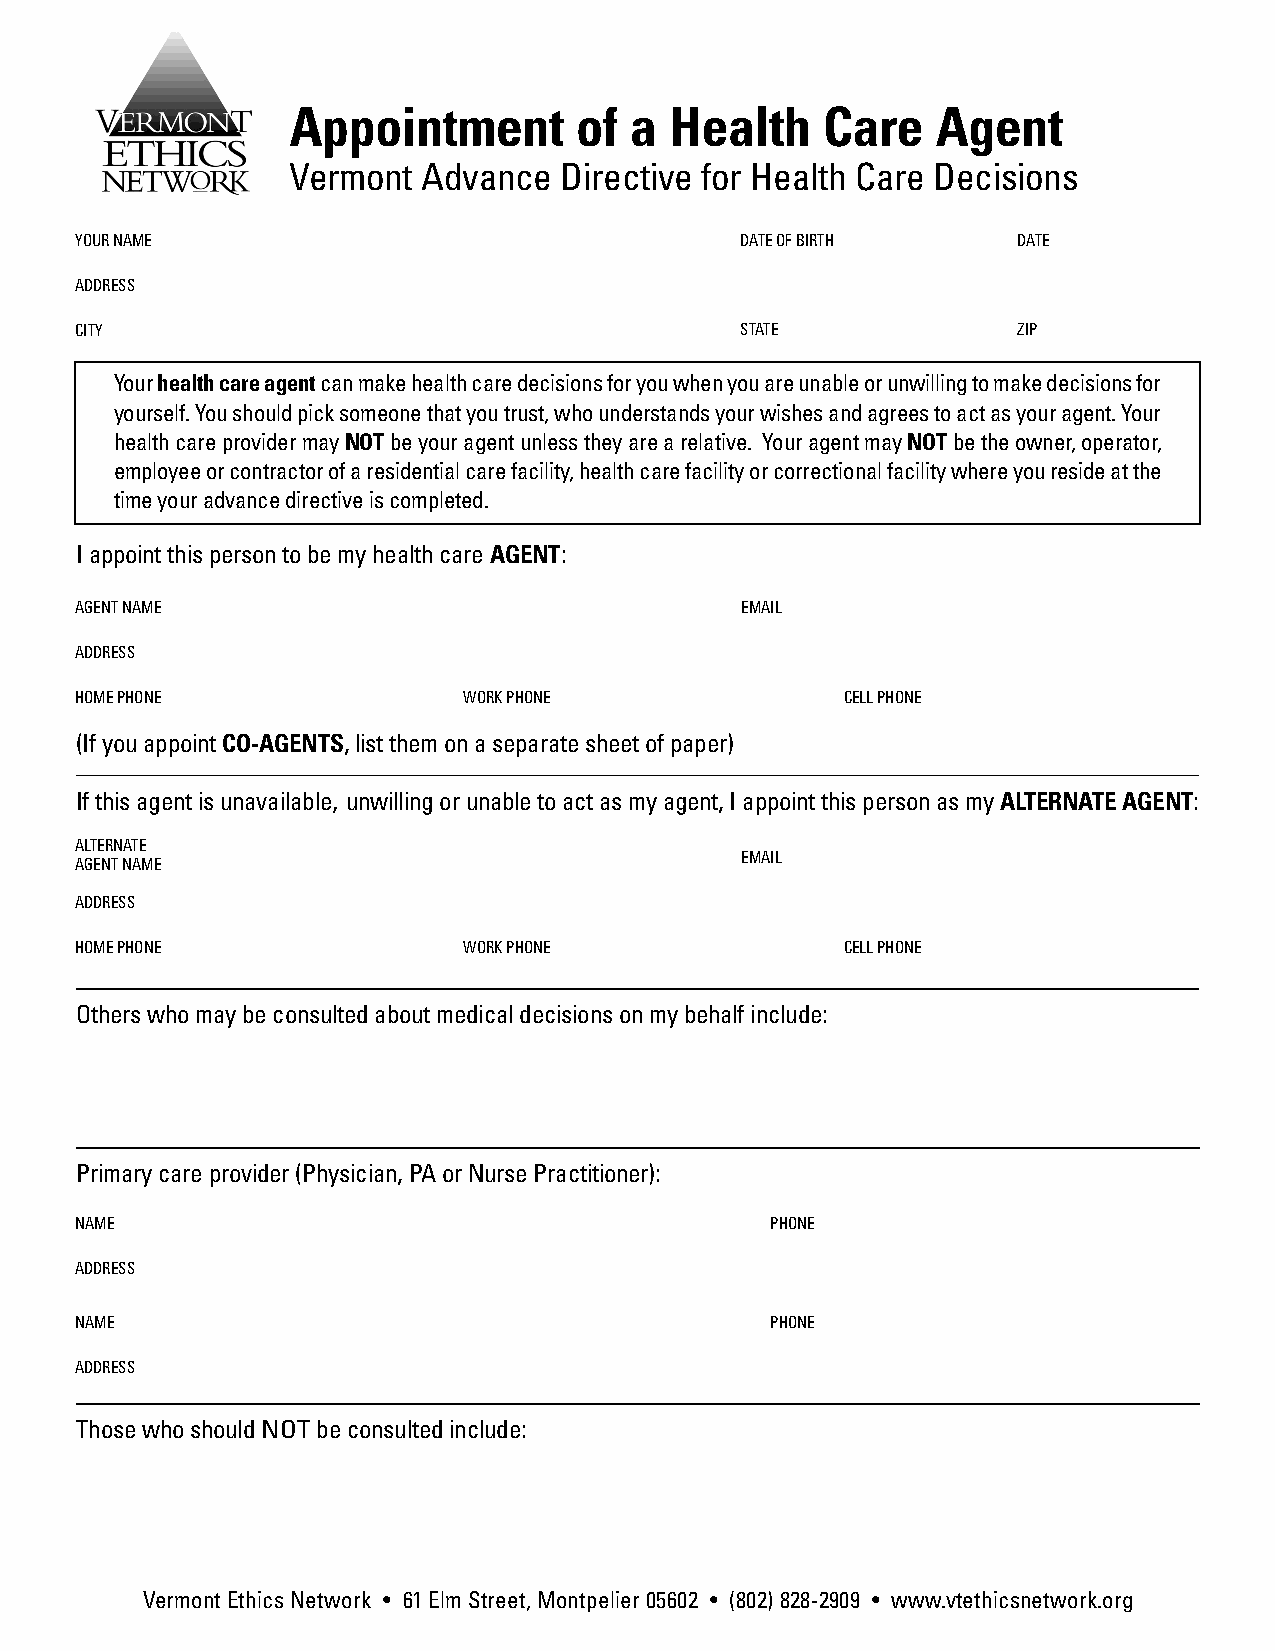
Appointment        of  a Health    Care    Agent
 Vermont  Advance  Directive for Health Care Decisions
 YOUR NAME                                   DATE OF BIRTH     DATE
 ADDRESS
 CITY                                        STATE             ZIP
 Your health care agent can make health care decisions for you when you are unable or unwilling to make decisions for
 yourself. You should pick someone that you trust, who understands your wishes and agrees to act as your agent. Your
 health care provider may NOT be your agent unless they are a relative. Your agent may NOT be the owner, operator,
 employee or contractor of a residential care facility, health care facility or correctional facility where you reside at the
 time your advance directive is completed.
 I appoint this person to be my health care AGENT:
 AGENT NAME                                  EMAIL
 ADDRESS
 HOME PHONE                WORK PHONE               CELL PHONE
 (If you appoint CO-AGENTS, list them on a separate sheet of paper)
 If this agent is unavailable, unwilling or unable to act as my agent, I appoint this person as my ALTERNATE AGENT:
 ALTERNATE
 EMAIL
 AGENT NAME
 ADDRESS
 HOME PHONE                WORK PHONE               CELL PHONE
 Others who may be consulted about medical decisions on my behalf include:
 Primary care provider (Physician, PA or Nurse Practitioner):
 NAME                                          PHONE
 ADDRESS
 NAME                                          PHONE
 ADDRESS
 Those who should NOT be consulted include:
 Vermont Ethics Network • 61 Elm Street, Montpelier 05602 • (802) 828-2909 • www.vtethicsnetwork.org